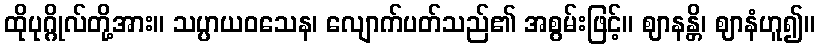
ထိုပုဂ္ဂိုလ်တို့အား။ သပ္ပာယဝသေန၊ လျောက်ပတ်သည်၏ အစွမ်းဖြင့်။ ဈာနန္တိ၊ ဈာနံဟူ၍။